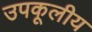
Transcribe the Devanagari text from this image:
उपकूलीय